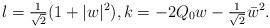
LaTeX: \begin{align*}l = \tfrac{1}{\sqrt{2}}(1+|w|^2),k = -2Q_0w-\tfrac{1}{\sqrt{2}}\bar w^2.\end{align*}